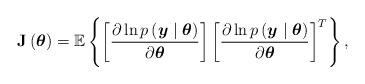
LaTeX: \begin{align*}\mathbf{J\left(\boldsymbol{\theta}\right)=\mathbb{E}}\left\{ \left[\frac{\partial\ln p\left(\boldsymbol{y}\mid\boldsymbol{\theta}\right)}{\partial\boldsymbol{\theta}}\right]\left[\frac{\partial\ln p\left(\boldsymbol{y}\mid\boldsymbol{\theta}\right)}{\partial\boldsymbol{\theta}}\right]^{T}\right\} ,\end{align*}